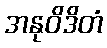
အနုဝိဒိတံ